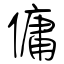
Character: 傭